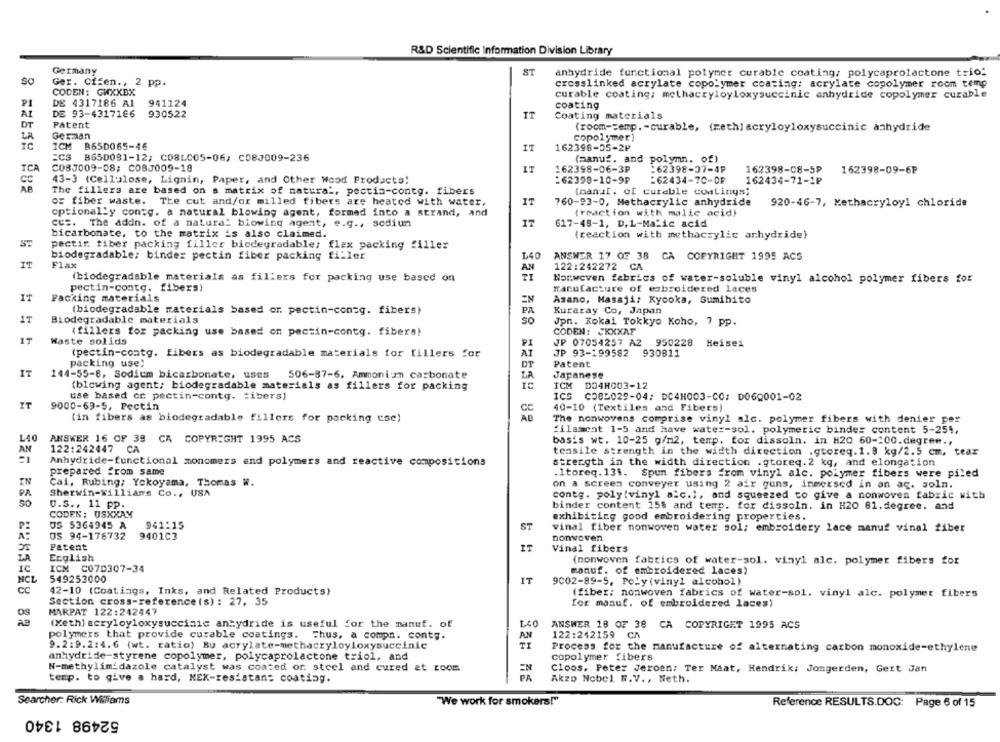
R&D Scientific Information Division Library
Germany
ST
anhydride functional polymer curable coating, polycaprolactone trio!
So
Ger. Offen ., 2 pp.
crosslinked acrylate copolymer coating: acrylate copolymer room temp
CODEN: GWXXBX
curable coating; methacryloyloxysuccinic anhydride copolymer curable
PI
DE 4317186 A1
941124
coating
AL
DE 93-4317166
930522
IT
Coating materials
DT
Patent
(room-temp. - curable, (meth] acryloyloxysuccinic anhydride
LA
German
copolymer)
IC
TCM
B650065-46
IT
162398-05-2⑈
ECS B650091-12; C08LC05-06; C08J009-236
(aanuf, and polymn. of)
ICA
C08J009-08; COBJ009-18
IT
162398-06-3P
-62398-07-4P
162398-08-5P
162398-09-6P
43-3 (Cellulose, Lignin, Paper, and Other Wood Products!
:62399-10-9₽
=62434-70-08
162434-71-1₽
The fillers are based on a matrix of natural, pectin-contg. fibers
(nanul. of cureble continys;
or fiber waste.
IT
The cut and/or milled fibers are heated with water,
760-93-0, Methacrylic anhydride
920-46-7, Methacryloyl chloride
optionally contg. a natural blowing agent, formed into a strand, and
(reaction with malic acid)
IT
617-48-1, D.L-Malic acid
cc :. The addn. of a natural blowing agent, e.g ., sedium
bicarbonate, to the matrix is also claimed.
(reaction with methacrylic anhydride}
ST
pectir. fiber packing filler biodegradable; flex packing filler
biodegradable; binder pectin fiber packing filler
L40
ANSWER 17 OF 38 CA COPYRIGHT 1995 ACS
IT
Flax
122:242272 CA
AN
(biodegradable materials as fillers for packing use based on
Norweven fabrics of water-soluble vinyl alcohol polymer fibers for
pectin-contg. fibers)
manufacture of embroidered laces
IT
Packing materials
EN
Asano, Masaji: Kyooka, Sumibito
(biodegradable materials based or. pectin-con=g. fibers)
PA
Kuraray Co, Japan
IT
Biodegradable materials
So
Jpn. Kokai Tokkyo Koho, 7 pp.
(fillers for packing use based on pactin-contg. fibers!
CODEN: CKXXAF
IT
Waste solids
PI
JP 07054257 A2 950228 Heisei
(pectin-contg. fibers as biodegradable materials for fillers for
AT
JP 93-199582 930811
packing use!
Patent
DT
IT
144-55-8, Sodium bicarbonate, uses 506-87-6, Ammonia carbonate
LA
Japanese
ICM DO4H003-12
(blowing agent; biodegradable materials as fillers for packing
use based on pectin-contg. tibers)
ICS C085029-04: DC4H003-CO: D06Q001-02
IT
9000-69-5, Pectin
40-10 (Textiles and Fibers)
(in fibers as biodegradable fillers for packing cse)
The nonwovens comprise vinyl alc. polymer fibers with denier per
filament 1-5 and have water-sol. polymeric binder content 5-254,
L40
ANSWER 16 OF 39 CA COPYRIGHT 1995 ACS
basis wt. 10-25 g/m2, temp. for dissoln. in H20 60-100.degree .,
AN
122:242447 CA
tensile strength in the width direction .gtoreq. 1.8 kg/2.5 cm, tear
Anhydride-functional monomers and polymers and reactive compositions
strength in the width direction .gtoreq.2 kg, and elongation
prepared from same
.Itoreq. 131. Spun fibers from vinyl alc. polymer fibers were piled
IN
Cai, Rubing; Yokoyama, Thomas W.
on a screen conveyer using 2 air guns, immersed in an ac. soln.
PA
Sherwin-williams Co ., USA
contg. polyvinyl a.c.), and squeezed to give a nonwoven fabric with
50
U.S ., 11 pp.
binder content 15$ and temp. for dissoln. in H20 81. degree. and
CODEN: USXXAY
exhibiting good embroidering properties.
OS 5364945 A
941:15
ST
vinal fiber nonwoven water sol; embroidery lace manuf vinal fiber
OS 94-176732 9401C3
nonwoven
Patent
Vinal fibers
English
LA
(nonwoven fabrics of water-sol. vinyl alc. polymer fibers for
IC
ICH C07D307-34
manuf. of embroidered laces)
NCL
549253000
IT
9002-89-5, Poly (vinyl alcohol)
CC
42-10 (Coatings, Inks, and Related Products)
(fiber: nonwoven fabrics of water-sol. vinyl alc. polymer fibers
Section cross-reference (s) : 27, 35
for manuf. of embroidered laces)
MARPAT 122:242447
(xeth) acryloyloxysuccinic antydride is useful for the manut. of
L40
ANSWER 18 OF 38 CA COPYRIGET 1995 ACS
polymers that provide curable coatings. Thus, a compn. contg.
AN
122:242159
9.2:9.2:4.6 (wt. ratio) Bu acrylate-methacryloyloxysuccinic
TI
Process for the manufacture of alternating carbon monoxide-ethylene
anhydride-styrene copolymer, polycaprolactone triol, and
copolymer fibers
N-methylimidazole catalyst was coated or. steel and cured et room
EN
PA
Cloos. Peter Jeroen: Ter Maat, Hendrik: Jongerden, Gert Jan
temp. to give a hard, MEX-resistans coating.
Akzo Nobel N.V ., Neth.
Searcher: Rick Williams
"We work for smokers!"
Reference RESULTS.DOC: Page 6 of 15
52498 1340